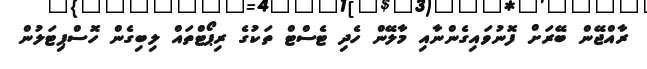
ރާއްޖޭން ބޭރަށް ފޮނުވައިގެންނާއި މާލޭން ހެދި ޓެސްޓް ތަކުގެ ރިޕޯޓްތައް ލިބިގެން ހޮސްޕިޓަލުން